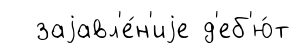
заjавл'е́н'иjе д'еб'ю́т